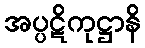
အပ္ပဋိကုဋ္ဌာနိ